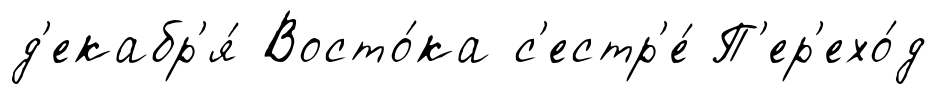
д'екабр'я́ Восто́ка с'естр'е́ П'ер'ехо́д